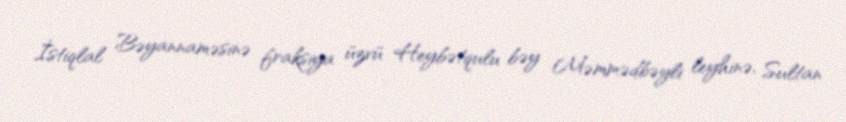
İstiqlal Bəyannaməsinə fraksiya üzvü Heybətqulu bəy Məmmədbəyli leyhinə, Sultan